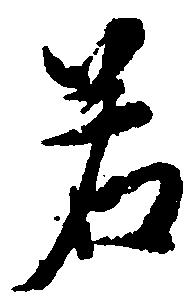
若